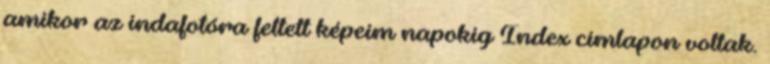
amikor az indafotóra feltett képeim napokig Index címlapon voltak.